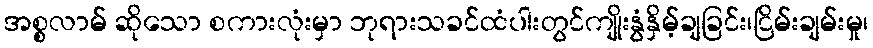
အစ္စလာမ် ဆိုသော စကားလုံးမှာ ဘုရားသခင်ထံပါးတွင်ကျိုးနွံနှိမ့်ချခြင်း၊ငြိမ်းချမ်းမှု၊